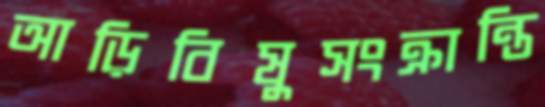
আড়িবিষুসংক্রান্তি